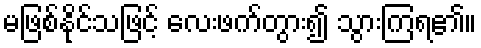
မဖြစ်နိုင်သဖြင့် လေးဖက်တွား၍ သွားကြရ၏။